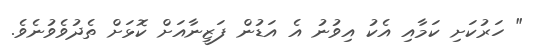
" ހަރުކަށި ކަމާއި އެކު އިވުނު އެ އަޑުން ފަޒީނާއަށް ކޮޅަށް ތެދުވެވުނެވެ.